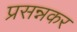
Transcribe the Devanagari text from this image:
प्रसन्नकर